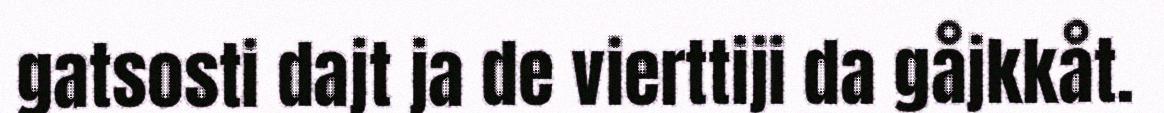
gatsosti dajt ja de vierttiji da gåjkkåt.